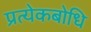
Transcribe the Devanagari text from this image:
प्रत्येकबोधि